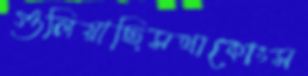
গুলিয়াছিসথাকোংস